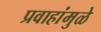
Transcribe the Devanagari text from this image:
प्रवाहांमुळे